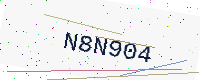
Text: N8N904